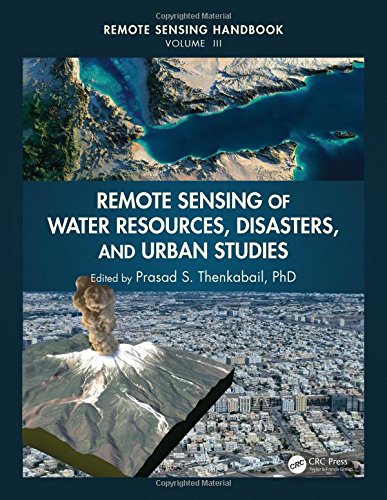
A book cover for Remote Sensing Handbook - Three Volume Set: Remote Sensing of Water Resources, Disasters, and Urban Studies; Engineering & Transportation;